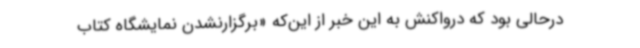
درحالی بود که درواکنش به این خبر از این‌که «برگزارنشدن نمایشگاه کتاب